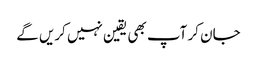
جان کر آپ بھی یقین نہیں کریں گے